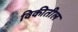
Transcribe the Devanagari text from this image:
विकीतील